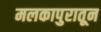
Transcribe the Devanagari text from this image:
मलकापुरातून